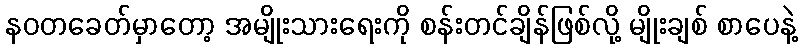
နဝတခေတ်မှာတော့ အမျိုးသားရေးကို စန်းတင်ချိန်ဖြစ်လို့ မျိုးချစ် စာပေနဲ့